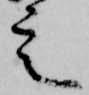
定